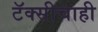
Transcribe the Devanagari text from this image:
टॅक्सीचाही